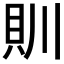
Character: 𮙰